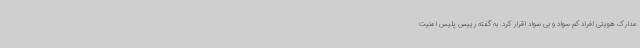
مدارک هویتی افراد کم سواد و بی سواد اقرار کرد. به گفته رییس پلیس امنیت